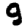
Digit: 9